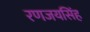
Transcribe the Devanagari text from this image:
रणजयसिंह